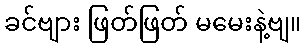
ခင်ဗျား ဖြတ်ဖြတ် မမေးနဲ့ဗျ။